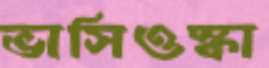
ভাসিওস্কা